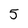
Character: 5